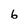
Character: 6